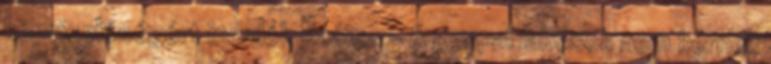
képviselőségért indulók száma - A gyapai lakosok nem kérnek